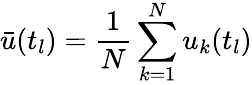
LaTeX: \bar{u}(t_{l})=\frac{1}{N}\sum_{k=1}^{N}u_{k}(t_{l})